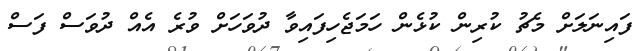
ފައިނަލަށް މެޗު ކުރިން ކުޅެން ހަމަޖެހިފައިވާ ދުވަހަށް ވުރެ އެއް ދުވަސް ފަސް